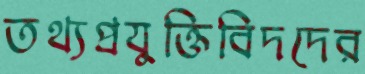
তথ্যপ্রযুক্তিবিদদের